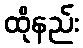
ထိုနည်း